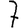
Digit: 7